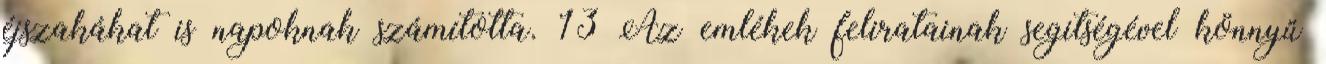
éjszakákat is napoknak számította.»13 Az emlékek feliratainak segitségével könnyű